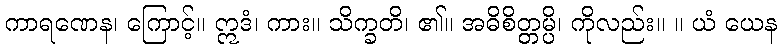
ကာရဏေန၊ ကြောင့်။ ဣဒံ၊ ကား။ သိက္ခတိ၊ ၏။ အဓိစိတ္တမ္ပိ၊ ကိုလည်း။ ။ ယံ ယေန